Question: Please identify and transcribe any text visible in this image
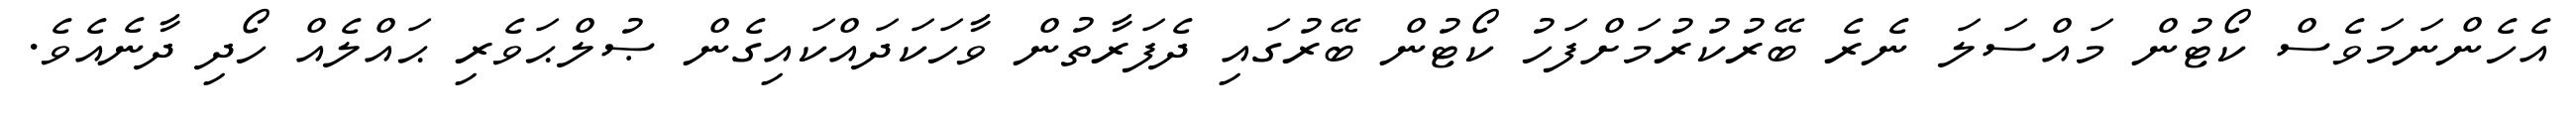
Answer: އެހެންނަމަވެސް ކޯޓުން މައްސަލަ ނެރެ ބޭރުކުރުމަށްފަހު ކޯޓުން ބޭރުގައި ދެފަރާތުން ވާހަކަދައްކައިގެން ޞުލްޙަވެރި ޙައްލެއް ހޯދި ދާނެއެވެ.